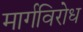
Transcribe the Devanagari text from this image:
मार्गविरोध